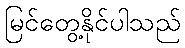
မြင်တွေ့နိုင်ပါသည်